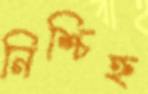
নিশ্চিহ্ন